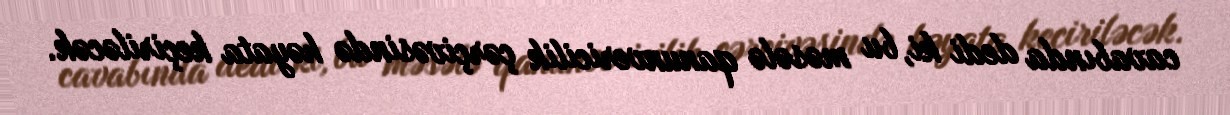
cavabında dedi ki, bu məsələ qanunvericilik çərçivəsində həyata keçiriləcək.